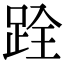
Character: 跧